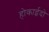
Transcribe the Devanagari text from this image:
होकाईदो